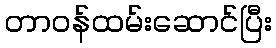
တာဝန်ထမ်းဆောင်ပြီး